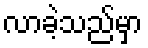
လာခဲ့သည်မှာ